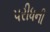
પરીધની